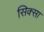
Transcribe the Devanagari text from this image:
सिक्सा